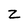
Character: z